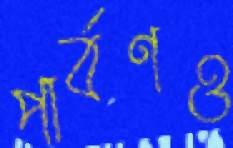
পার্বণও